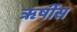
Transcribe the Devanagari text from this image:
ॠषींस